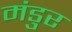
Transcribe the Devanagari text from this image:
मंडुर